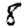
Digit: 8